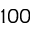
1 0 0